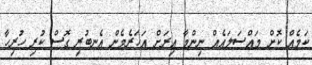
ކަމެއް ކޮށް މައްސަލައެއް ނިންމާ އިރަށް އަހަރެމެން އެނބުރި ގޮސް ކުރި ހުރިހާ